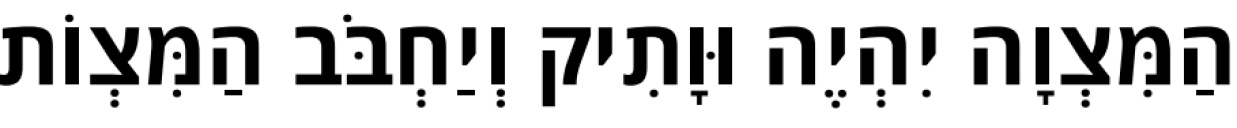
הַמִּצְוָה יִהְיֶה וּוָתִיק וְיַחְבֹּב הַמִּצְוֹת